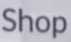
Shop